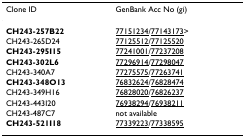
<table><thead><tr><td><b>Clone ID</b></td><td><b>GenBank Acc No (gi)</b></td></tr></thead><tbody><tr><td><b>CH243-257B22</b></td><td>77151234/77143173&gt;</td></tr><tr><td>CH243-265D24</td><td>77125512/77125520</td></tr><tr><td><b>CH243-295I15</b></td><td>77241001/77237208</td></tr><tr><td><b>CH243-302L6</b></td><td>77296914/77298047</td></tr><tr><td>CH243-340A7</td><td>77275575/77263741</td></tr><tr><td><b>CH243-348O13</b></td><td>76832624/76828474</td></tr><tr><td>CH243-349H16</td><td>76828020/76826237</td></tr><tr><td>CH243-443I20</td><td>76938294/76938211</td></tr><tr><td>CH243-487C7</td><td>not available</td></tr><tr><td><b>CH243-521I18</b></td><td>77339223/77338595</td></tr></tbody></table>